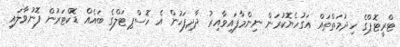
ޓްރީޓޮޕްގެ ހިދުމަތްތައް އަގުހެޔޮކުރަން ނިންމާފައިވާއިރު ދާދިފަހުން އެ ހޮސްޕިޓަލްގެ ބައެއް ޑޮކްޓަރުން ފޮނުވާލައި